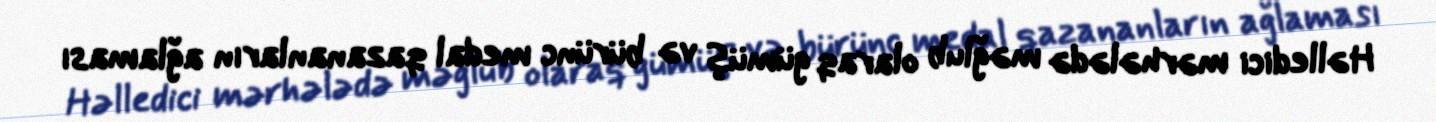
Həlledici mərhələdə məğlub olaraq gümüş və bürünc medal qazananların ağlaması